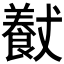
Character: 𱃮